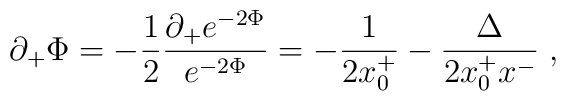
\partial_+\Phi=-{1\over2}\frac{\partial_+e^{-2\Phi}}{e^{-2\Phi}}=-{1\over{2 x^+_0}}-\frac{\Delta}{2x^+_0x^-}\;,